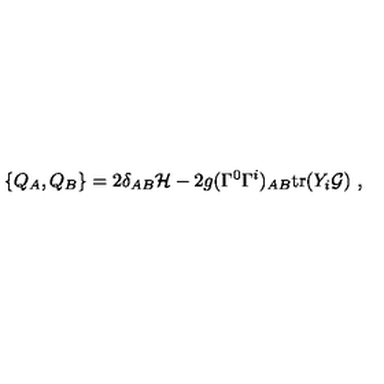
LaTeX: \{ Q _ { A } , Q _ { B } \} = 2 \delta _ { A B } { \cal H } - 2 g ( \Gamma ^ { 0 } \Gamma ^ { i } ) _ { A B } \mathrm { t r } ( Y _ { i } { \cal G } ) \ ,